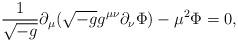
LaTeX: \begin{align*}\frac{1}{\sqrt{-g}} \partial_\mu ( \sqrt{-g} g^{\mu \nu} \partial_\nu \Phi ) - \mu^2 \Phi = 0,\end{align*}